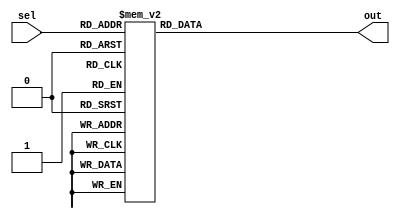
module full_case_statement (
    input wire [2:0] sel,
    output reg [3:0] out
);

always @(*)
begin
    case (sel)
        3'b000: out = 4'b0000;
        3'b001: out = 4'b0001;
        3'b010: out = 4'b0010;
        3'b011: out = 4'b0011;
        3'b100: out = 4'b0100;
        3'b101: out = 4'b0101;
        3'b110: out = 4'b0110;
        3'b111: out = 4'b0111;
        default: out = 4'b1111;
    endcase
end

endmodule